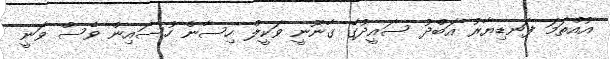
އުއްތަމަ ފަނޑިޔާރު އަބްދު ސައީދުގެ ގާނޫނީ ވަކީލް ހިސާން ހުސައިން ވެސް ވަނީ